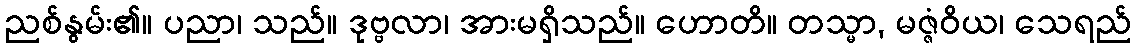
ညစ်နွမ်း၏။ ပညာ၊ သည်။ ဒုဗ္ဗလာ၊ အားမရှိသည်။ ဟောတိ။ တသ္မာ, မဇ္ဇံဝိယ၊ သေရည်